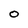
Character: O